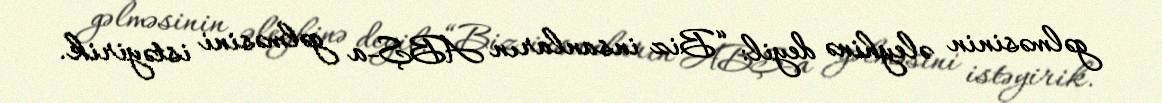
gəlməsinin əleyhinə deyil: “Biz insanların ABŞ-a gəlməsini istəyirik.